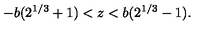
- b ( 2 ^ { 1 / 3 } + 1 ) < z < b ( 2 ^ { 1 / 3 } - 1 ) .